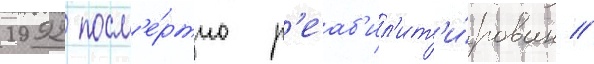
1992 посм'е́ртно р'еаб'ил'ит'и́рован //